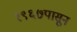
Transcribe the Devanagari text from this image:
१९६७पासून